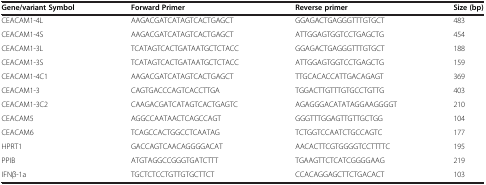
<table><thead><tr><td><b>Gene/variant Symbol</b></td><td><b>Forward Primer</b></td><td><b>Reverse primer</b></td><td><b>Size (bp)</b></td></tr></thead><tbody><tr><td>CEACAM1-4L</td><td>AAGACGATCATAGTCACTGAGCT</td><td>GGAGACTGAGGGTTTGTGCT</td><td>483</td></tr><tr><td>CEACAM1-4S</td><td>AAGACGATCATAGTCACTGAGCT</td><td>ATTGGAGTGGTCCTGAGCTG</td><td>454</td></tr><tr><td>CEACAM1-3L</td><td>TCATAGTCACTGATAATGCTCTACC</td><td>GGAGACTGAGGGTTTGTGCT</td><td>188</td></tr><tr><td>CEACAM1-3S</td><td>TCATAGTCACTGATAATGCTCTACC</td><td>ATTGGAGTGGTCCTGAGCTG</td><td>159</td></tr><tr><td>CEACAM1-4C1</td><td>AAGACGATCATAGTCACTGAGCT</td><td>TTGCACACCATTGACAGAGT</td><td>369</td></tr><tr><td>CEACAM1-3</td><td>CAGTGACCCAGTCACCTTGA</td><td>TGGACTTGTTTGTGCCTGTTG</td><td>403</td></tr><tr><td>CEACAM1-3C2</td><td>CAAGACGATCATAGTCACTGAGTC</td><td>AGAGGGACATATAGGAAGGGGT</td><td>210</td></tr><tr><td>CEACAM5</td><td>AGGCCAATAACTCAGCCAGT</td><td>GGGTTTGGAGTTGTTGCTGG</td><td>104</td></tr><tr><td>CEACAM6</td><td>TCAGCCACTGGCCTCAATAG</td><td>TCTGGTCCAATCTGCCAGTC</td><td>177</td></tr><tr><td>HPRT1</td><td>GACCAGTCAACAGGGGACAT</td><td>AACACTTCGTGGGGTCCTTTTC</td><td>195</td></tr><tr><td>PPIB</td><td>ATGTAGGCCGGGTGATCTTT</td><td>TGAAGTTCTCATCGGGGAAG</td><td>219</td></tr><tr><td>IFNβ-1a</td><td>TGCTCTCCTGTTGTGCTTCT</td><td>CCACAGGAGCTTCTGACACT</td><td>103</td></tr></tbody></table>